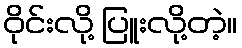
ဝိုင်းလို့ ပြူးလို့တဲ့။